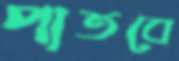
পাতবে